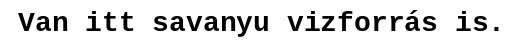
Van itt savanyu vizforrás is.